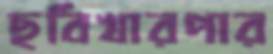
ছবিখারপার